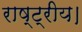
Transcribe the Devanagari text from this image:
राष्ट्रीय।